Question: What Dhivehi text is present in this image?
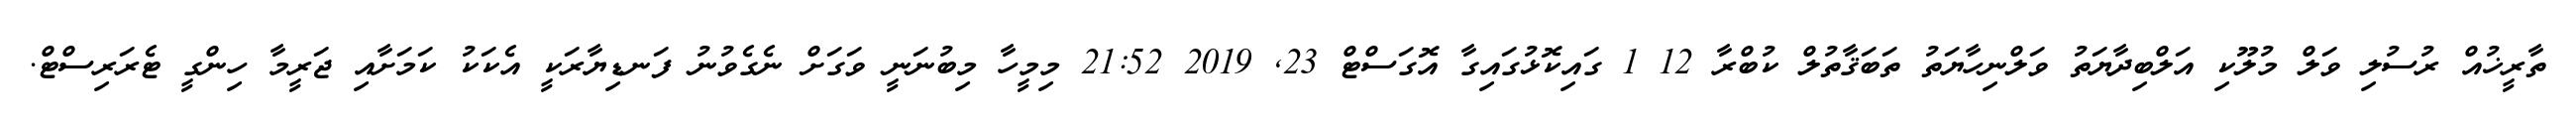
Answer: ތާރީޚުއް ރުސުލި ވަލް މުލޫކި އަލްބިދާޔަތު ވަލްނިހާޔަތު ތަބަޤާތުލް ކުބްރާ 12 1 ގައިކޮޅުގައިގާ އޮގަސްޓް 23, 2019 21:52 މިމީހާ މިބުނަނީ ވަގަށް ނެގެވުނު ފަނޑިޔާރަކީ އެކަކު ކަމަށާއި ޖަރީމާ ހިންގީ ޓެރަރިސްޓް.